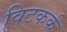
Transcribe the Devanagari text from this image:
विटकर्क